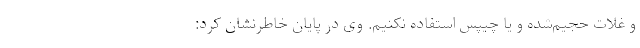
و غلات حجیم‌شده و یا چیپس استفاده نکنیم. وی در پایان خاطرنشان کرد: